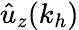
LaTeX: \hat{u}_{z}(k_{h})